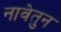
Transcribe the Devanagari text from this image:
नावेतुन